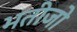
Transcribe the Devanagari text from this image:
भतीजो